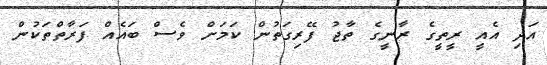
އަދި އެއީ ރީތީގެ ރާނީގެ ތާޖު ފޭރިގަތުން ކަމަށް ވެސް ބައެއް ފަރާތްތަކުން